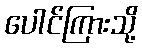
ပေါင်ကြားသို့